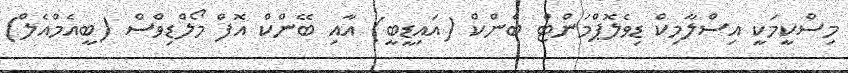
މިސްކީމަކީ އިސްލާމިކް ޑިވެލޮޕްމަންޓް ބެންކް (އައިޑީބީ) އާއި ބޭންކް އޮފް މޯލްޑިވްސް (ބީއެމްއެލް)